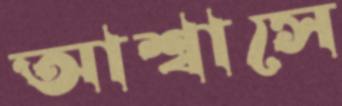
আশ্বাসে